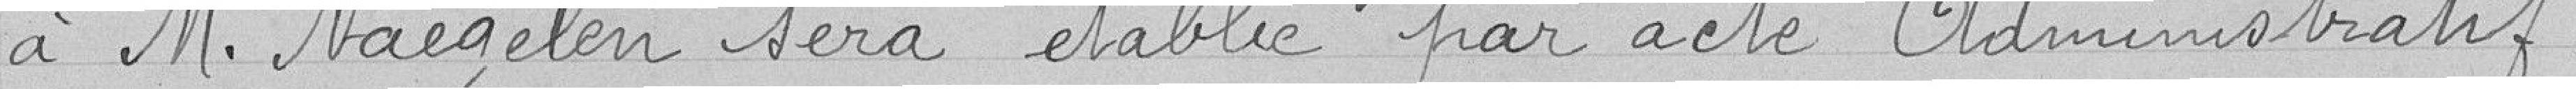
à Monsieur Naegelen sera établie par acte administratif.